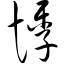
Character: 悸